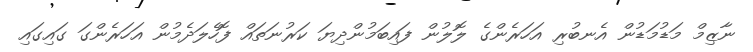
ނާޒިމް މަޑުމަޑުން އެނބުރި އަހަރެންގެ ލޮލުން ފައިބަމުންދިޔަ ކަރުނަތައް ފޮހެލަދެމުން އަހަރެންގަ ގައިގައި